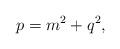
LaTeX: \begin{align*}p=m^2+q^2,\end{align*}